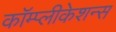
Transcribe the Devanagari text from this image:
कॉम्प्लीकेशन्स